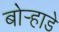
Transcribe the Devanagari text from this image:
बोर्‍हाडे